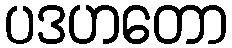
ပဒဟတော